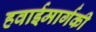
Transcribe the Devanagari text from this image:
हवाईमार्गकी